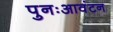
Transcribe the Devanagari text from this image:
पुनःआवंटन